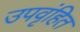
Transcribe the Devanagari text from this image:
उपवृंहित